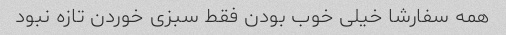
همه سفارشا خیلی خوب بودن فقط سبزی خوردن تازه نبود